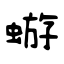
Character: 蝣